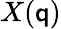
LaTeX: X(\mathsf{q})